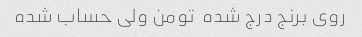
روی برنج درج شده  تومن ولی حساب شده